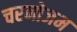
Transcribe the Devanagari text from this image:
चरनोजम